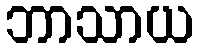
ဘာသာယ